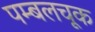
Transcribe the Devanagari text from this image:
पम्बलचूक